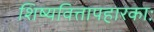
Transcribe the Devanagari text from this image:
शिष्यवित्तापहारकाः